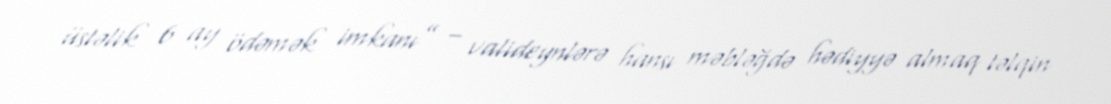
üstəlik 6 ay ödəmək imkanı” – valideynlərə hansı məbləğdə hədiyyə almaq təlqin